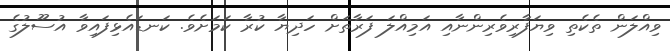
ވިއްލަން ތެކެތި ވިޔަފާރިވެރިންނާއި އަމިއްލަ ފަރާތަށް ހަދިޔާ ކުރާ ކަމަށެވެ. ކަނޑައެޅިފައިވާ އުސޫލުގެ